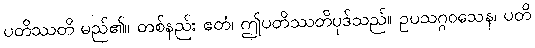
ပတိဿတိ မည်၏။ တစ်နည်း ဧတံ၊ ဤပတိဿတိပုဒ်သည်။ ဥပသဂ္ဂဝသေန၊ ပတိ